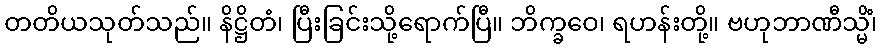
တတိယသုတ်သည်။ နိဋ္ဌိတံ၊ ပြီးခြင်းသို့ရောက်ပြီ။ ဘိက္ခဝေ၊ ရဟန်းတို့။ ဗဟုဘာဏီသ္မိံ၊